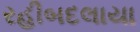
રહીબદલાયા